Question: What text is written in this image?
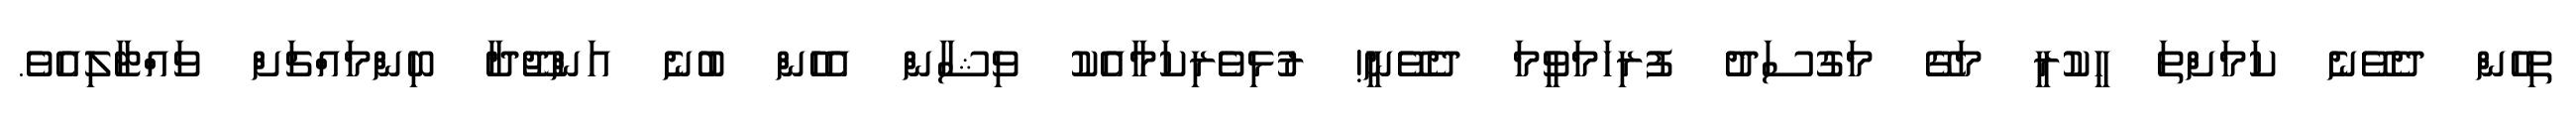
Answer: ތިހެން ދެވޭނެ ކަމަށްތަ ހީކުރީ މަގޭ މަގުސަދު ފުރިހަމަވީމަ ދެވޭނީ! ރުޅިވެރިކަމާއެކު ވިޝާން އެހެން ބުނެ އަންޖޫދާ ބިންމައްޗަށް ވައްޓާލިއެވެ.